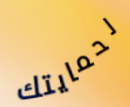
لحمايتك